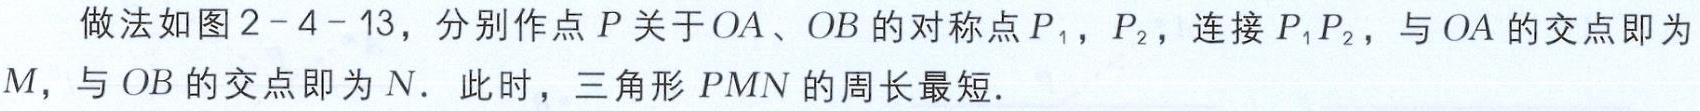
做法如图2-4-13，分别作点\(P\)关于\(OA\)、\(OB\)的对称点\(P_1\)，\(P_2\)，连接\(P_1P_2\)，与\(OA\)的交点即为\(M\)，与\(OB\)的交点即为\(N\)．此时，三角形\(PMN\)的周长最短．